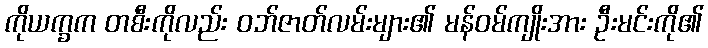
ကိုယက္ခက တစီးကိုလည်း ဝဘ်ဇာတ်လမ်းများ၏ မန်ဝမ်ကျိုးအား ဦးမင်းကို၏